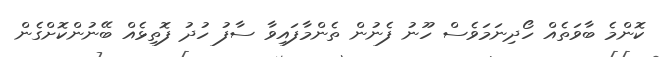
ކޮންމެ ބާވަތެއް ހޯދިނަމަވެސް ހޫނު ފެނުން ތެންމާފައިވާ ސާފު ހުދު ފޮތިޅެއް ބޭނުންކޮށްގެން